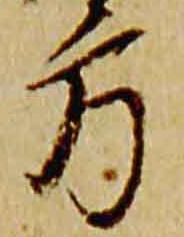
方